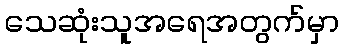
သေဆုံးသူအရေအတွက်မှာ